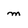
Character: m